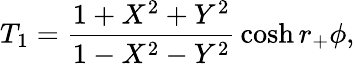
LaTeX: T_{1}={\frac{1+X^{2}+Y^{2}}{1-X^{2}-Y^{2}}}\cosh r_{+}\phi,